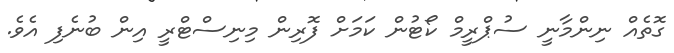
ގޮތެއް ނިންމާނީ ސުޕްރީމް ކޯޓުން ކަމަށް ފޮރިން މިނިސްޓްރީ އިން ބުނެފި އެވެ.